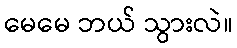
မေမေ ဘယ် သွားလဲ။